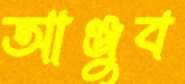
আঞ্জুব